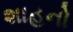
શાહનો